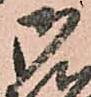
御